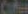
Cofel